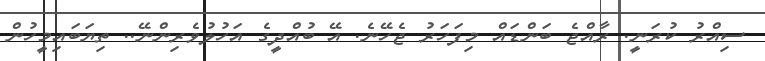
ސިއްރު ކުރަނީ. ރާއްޖެ ބަންޑައް މިފަހަރު ޖެހޭނެ. އޭ ބުއްދީގެ އަހުލުވެރިންނޭ.. ތިޔަބައިމީހުން